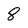
Character: 8